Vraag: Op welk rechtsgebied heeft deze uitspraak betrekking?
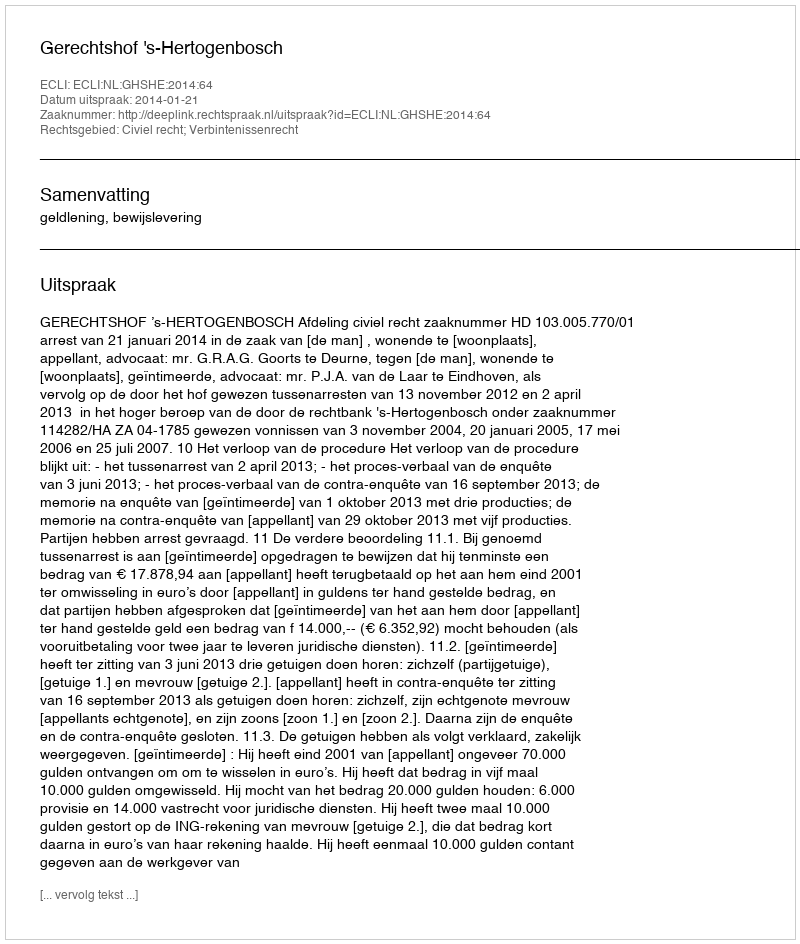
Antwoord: Civiel recht; Verbintenissenrecht